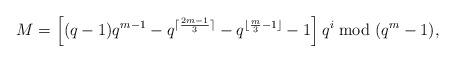
LaTeX: \begin{align*}M=\left[(q-1)q^{m-1}-q^{\lceil\frac{2m-1}{3}\rceil}-q^{\lfloor\frac{m}{3}-1\rfloor}-1\right]q^i \bmod{(q^m-1)}, \end{align*}